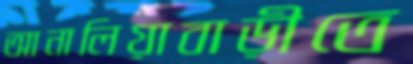
আনালিয়াবাড়ীতে